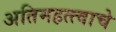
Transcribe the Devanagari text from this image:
अतिमहत्त्वाचे